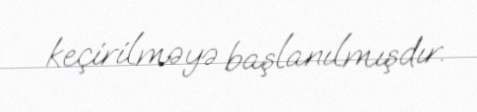
keçirilməyə başlanılmışdır.